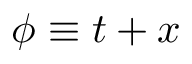
\phi \equiv t + x